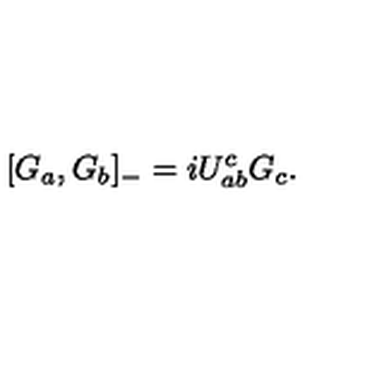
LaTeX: [ G _ { a } , G _ { b } ] _ { - } = i U _ { a b } ^ { c } G _ { c } .